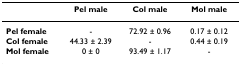
<table><thead><tr><td></td><td><b>Pel male</b></td><td><b>Col male</b></td><td><b>Mol male</b></td></tr></thead><tbody><tr><td><b>Pel female</b></td><td>-</td><td>72.92 ± 0.96</td><td>0.17 ± 0.12</td></tr><tr><td><b>Col female</b></td><td>44.33 ± 2.39</td><td>-</td><td>0.44 ± 0.19</td></tr><tr><td><b>Mol female</b></td><td>0 ± 0</td><td>93.49 ± 1.17</td><td>-</td></tr></tbody></table>